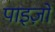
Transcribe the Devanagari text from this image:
पाइज़ो